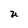
Character: U